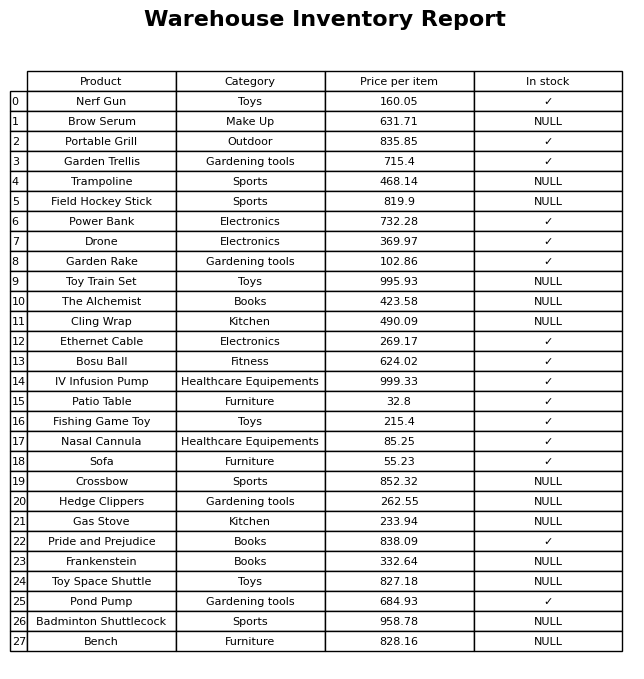
question: What category does the Ethernet Cable belong to?
answer: Electronics